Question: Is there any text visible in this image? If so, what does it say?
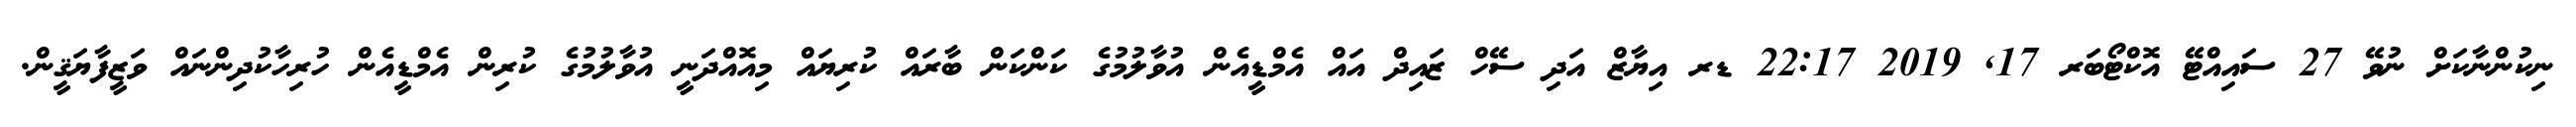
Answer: ނިކުންނާކަށް ނުވޭ 27 ސައިއްޓޭ އޮކްޓޯބަރ 17, 2019 22:17 ޑރ އިޔާޒް އަދި ސޭހް ޒައިދް އައް އެމްޑީއެން އުވާލުމުގެ ކަންކަން ބާރައް ކުރިޔައް މިއޮއްދަނީ އުވާލުމުގެ ކުރިން އެމްޑީއެން ހުރިހާކުދިންނައް ވަޒީފާޔަޤީން.